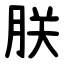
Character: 朕